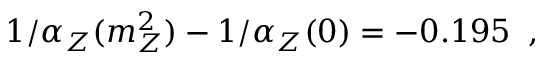
1 / \alpha _ { Z } ( m _ { Z } ^ { 2 } ) - 1 / \alpha _ { Z } ( 0 ) = - 0 . 1 9 5 \; \; ,